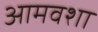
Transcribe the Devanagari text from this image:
आमवशा